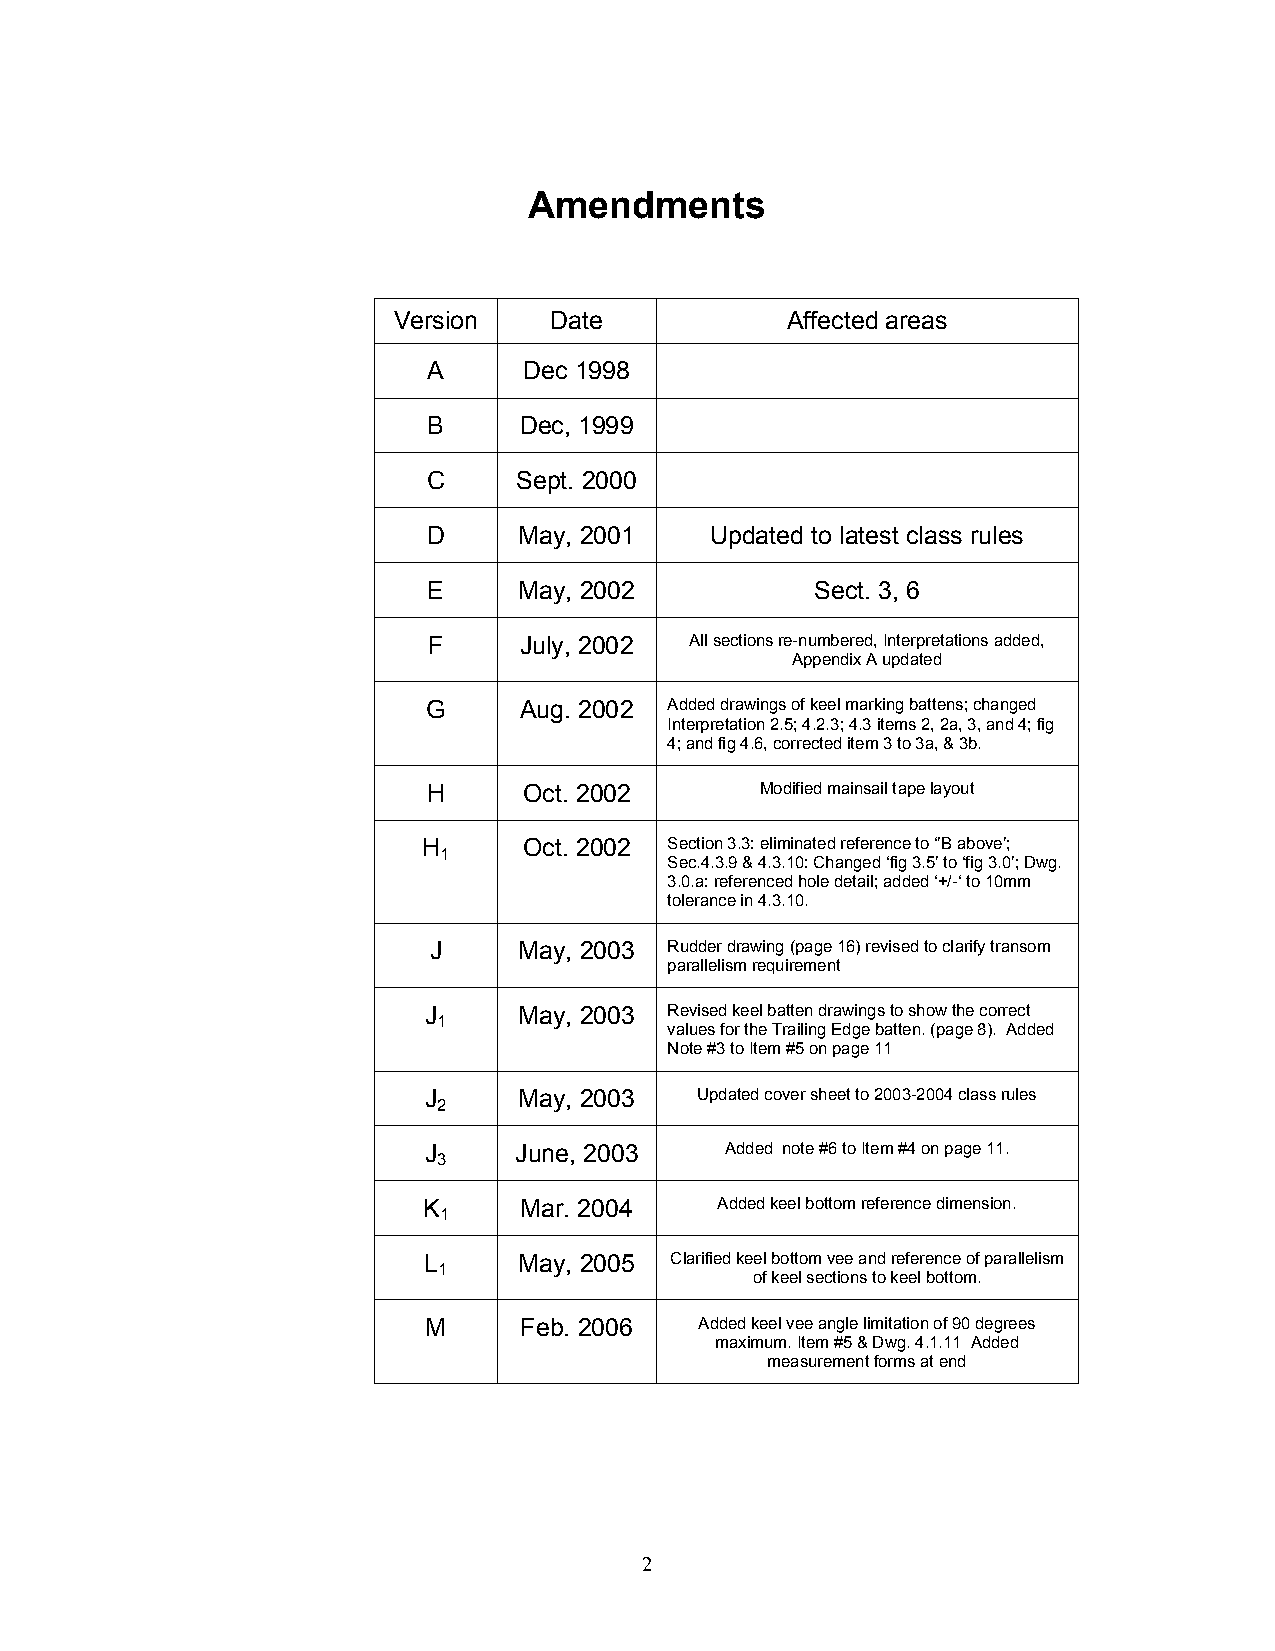
Amendments
 Version   Date            Affected areas
 A      Dec 1998
 B     Dec, 1999
 C     Sept. 2000
 D     May, 2001    Updated to latest class rules
 E     May, 2002           Sect. 3, 6
 F     July, 2002  All sections re-numbered, Interpretations added,
 Appendix A updated
 G     Aug. 2002 Added drawings of keel marking battens; changed
 Interpretation 2.5; 4.2.3; 4.3 items 2, 2a, 3, and 4; fig
 4; and fig 4.6, corrected item 3 to 3a, & 3b.
 H      Oct. 2002      Modified mainsail tape layout
 H      Oct. 2002 Section 3.3: eliminated reference to ‘’B above’;
 1
 Sec.4.3.9 & 4.3.10: Changed ‘fig 3.5’ to ‘fig 3.0’; Dwg.
 3.0.a: referenced hole detail; added ‘+/-‘ to 10mm
 tolerance in 4.3.10.
 J     May, 2003 Rudder drawing (page 16) revised to clarify transom
 parallelism requirement
 J     May, 2003 Revised keel batten drawings to show the correct
 1
 values for the Trailing Edge batten. (page 8). Added
 Note #3 to Item #5 on page 11
 J     May, 2003   Updated cover sheet to 2003-2004 class rules
 2
 J     June, 2003    Added note #6 to Item #4 on page 11.
 3
 K     Mar. 2004     Added keel bottom reference dimension.
 1
 L     May, 2005 Clarified keel bottom vee and reference of parallelism
 1
 of keel sections to keel bottom.
 M     Feb. 2006   Added keel vee angle limitation of 90 degrees
 maximum. Item #5 & Dwg. 4.1.11 Added
 measurement forms at end
 2